Lunatic asylums in Bengal annual reports 1888-1898 - 1888-1898
Year: 1888
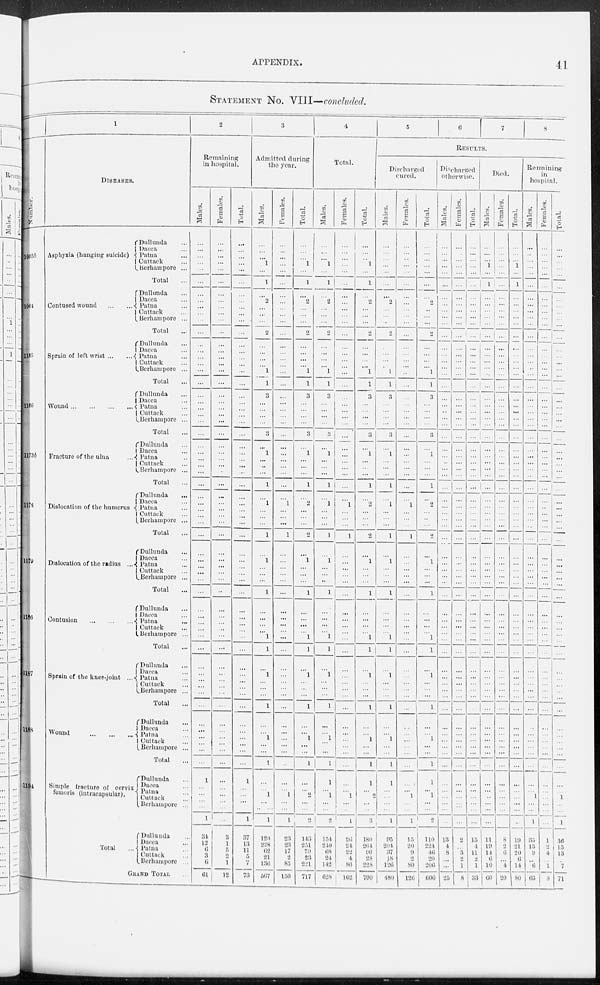
APPENDIX.
41
STATEMENT No. VIII—concluded.
1
Number.
1005b
1064
1165
1166
1173b
1178
1179
1186
1187
1188
1194
DISEASES.
Asphyxia (hanging suicide)
Dullunda...
Dacca ...
Patna
Cuttack
Berhampore ...
Total
Contused wound ...
...
Dullunda ...
Dacca...
Patna...
Cuttack
Berhampore ...
Total ...
Sprain of left wrist
... ...
Dullunda ...
Dacca ...
Patna ...
Cuttack
Berhampore ...
Total ...
Wound
...
...
...
...
Dullunda ...
Dacca ...
Patna ...
Cuttack ...
Berhampore ...
Total ...
Fracture of the ulna
Dullunda ...
Dacca ...
Patna ...
Cuttack ...
Berhampore ...
Total ...
Dislocation of the humerus
Dislocation of the radius ...
Dullunda ...
Dacca ...
Patna ...
Cuttack ...
Berhampore ...
Total
Dullunda ...
Dacca ...
Patna ...
Cuttack
Berhampore ...
Total ...
Contusion
...
...
Dullunda ...
Dacca ...
Patna ...
Cuttack
Berhampore ...
Total ...
Sprain of the knee-joint ...
Dullunda ...
Dacca ...
Patna ...
Cuttack
Berhampore ...
Total ...
Wound
...
...
...
Dullunda...
Dacca ...
Patna ...
Cuttack ...
Berhampore ...
Total ...
Simple fracture of cervix
femoris (intracapsular).
Dullunda
Dacca ...
Patna ...
Cuttack ...
Berhampore ...
Total ...
Dullunda ...
Dacca ...
Patna ...
Cuttack ...
Berhampore ...
GRAND TOTAL ...
2
Remaining
in hospital.
Males.
...
...
...
...
...
...
...
...
...
...
...
...
...
...
...
...
...
...
...
...
...
...
...
...
...
...
...
...
...
...
...
...
...
...
...
...
...
...
...
...
...
...
...
...
...
...
...
...
...
...
...
...
...
...
...
...
...
...
...
...
1
...
...
...
...
1
34
12 6
3
6
61
Females.
...
...
...
...
...
...
...
...
...
...
...
...
...
...
...
...
...
...
...
...
...
...
...
...
...
...
...
...
...
...
...
...
...
...
...
...
...
...
...
...
...
...
...
...
...
...
...
...
...
...
...
...
...
...
...
...
...
...
...
...
...
...
...
...
...
...
3
1
5
2
1
12
Total.
...
...
...
...
...
...
...
...
...
...
...
...
...
...
...
...
...
...
...
...
...
...
...
...
...
...
...
...
...
...
...
...
...
...
...
...
...
...
...
...
...
...
...
...
...
...
..
...
...
...
...
...
...
...
...
...
...
...
...
...
1
...
...
...
...
1
37
13
11
5
7
73
3
Admitted during
the year.
Males.
...
...
...
1
...
1
...
2
...
...
...
2
...
...
...
...
1
1
3
...
...
...
...
3
...
1
...
...
...
1
...
1
...
...
...
1
...
1
...
...
...
1
...
...
...
...
1
1
...
1
...
...
...
1
...
...
1
...
...
1
...
...
1
...
...
1
120
228
62
21
136
567
Females.
...
...
...
...
...
...
...
...
...
...
...
...
...
...
...
...
...
...
...
...
...
...
...
...
...
...
...
...
...
...
1
...
...
...
1
...
...
...
...
...
...
...
...
...
...
...
...
...
...
...
...
...
...
...
...
...
...
...
...
...
...
1
...
...
1
23
23
17
2
83
150
Total.
...
...
...
1
...
1
...
2
...
...
...
2
...
...
...
...
1
1
3
...
...
...
...
3
...
1
...
...
...
1
...
2
...
...
...
2
...
1
...
...
...
1
...
...
...
...
1
1
...
1
...
...
...
1
...
...
1
...
...
1
...
...
...
...
...
1
143
251
79
23
221
717
4
Total.
Males.
...
...
...
1
...
1
...
2
...
...
...
2
...
...
...
...
1
1
3
...
...
...
...
3
...
1
...
...
...
1
...
1
...
...
...
1
...
1
...
...
...
1
...
...
...
...
1
1
...
1
...
...
...
1
...
...
1
...
...
1
1
...
1
...
...
2
154
240
68
24
142
628
Females.
...
...
...
...
...
...
...
...
...
...
...
...
...
...
...
...
...
...
...
...
...
...
...
...
...
...
...
...
...
...
...
1
...
...
...
1
...
...
...
...
...
...
...
...
...
...
...
1
...
...
...
...
...
...
...
...
...
...
...
...
...
...
1
...
...
2
26
24
22
4
86
162
Total.
...
...
...
1
...
1
...
2
...
...
...
2
...
...
...
...
1
1
3
...
...
...
...
3
...
1
...
...
...
1
...
2
...
...
...
2
...
1
...
...
...
1
...
...
...
...
1
1
...
1
...
...
...
1
...
...
1
...
...
1
1
...
1
...
...
1
180
264
90
28
228
790
5
6
7
8
RESULTS.
Discharged
cured.
Males.
...
...
...
...
...
...
...
2
...
...
...
2
...
...
...
...
1
1
3
...
...
...
...
3
...
1
...
...
...
1
...
1
...
... ...
1
...
1
...
...
...
1
...
...
...
...
1
1
...
1
...
...
...
1
...
...
1
...
...
1
1
...
2
...
...
3
95
204
37
18
126
480
Females.
...
...
...
...
...
...
...
...
...
...
...
...
...
...
...
...
...
...
...
...
...
...
...
...
...
...
...
...
...
...
...
1
...
...
...
1
...
...
...
...
...
...
...
...
...
...
...
...
...
...
...
...
...
...
...
...
...
...
...
...
...
...
1
...
...
1
15
20
9
2
80
126
Total.
...
...
...
...
...
...
...
2
...
...
...
2
...
...
...
...
1
1
3
...
...
...
...
3
...
1
...
...
...
1
...
...
...
...
...
2
...
1
...
...
...
1
...
...
...
...
1
1
...
1
...
...
...
1
...
...
1
...
...
1
1
...
1
...
...
1
110
224
46
20
206
606
Discharged
otherwise.
Males.
...
...
...
...
...
...
...
...
...
...
...
...
...
...
...
...
...
...
...
...
...
...
...
...
...
...
...
...
...
...
...
...
...
...
...
...
...
...
...
...
...
...
...
...
...
...
...
...
...
...
...
...
...
...
...
...
...
...
...
...
...
...
...
...
...
2
13
4
8
...
...
25
Females.
...
...
...
...
...
...
...
...
...
...
...
...
...
...
...
...
...
...
...
...
...
...
...
...
...
...
...
...
...
...
...
...
...
...
...
...
...
...
...
...
...
...
...
...
...
...
...
...
...
...
...
...
...
...
...
...
... ...
...
...
...
...
...
...
...
...
2
...
3
2
1
8
Total.
...
...
...
...
...
...
...
...
...
...
...
...
...
...
...
...
...
...
...
...
...
...
...
...
...
...
...
...
...
...
...
...
...
...
...
...
...
...
...
...
...
...
...
...
...
...
...
...
...
...
...
...
...
...
...
...
...
...
...
...
...
...
...
...
...
...
15
4 11
2
1
33
Died.
Males.
...
...
...
1
...
1
...
...
...
...
...
...
...
...
...
...
...
...
...
...
...
...
...
...
...
...
...
...
...
...
...
...
...
...
...
...
...
...
...
...
...
...
...
...
...
...
...
...
...
...
...
...
...
...
...
...
...
...
...
...
...
...
...
...
...
...
11
19
14
6
10
60
Females.
...
...
...
...
...
...
...
...
...
...
...
...
...
...
...
...
...
...
...
...
...
...
...
...
...
...
...
...
...
...
...
...
...
...
...
...
...
...
...
...
...
...
...
...
...
...
...
...
...
...
...
...
...
...
...
...
...
...
...
...
...
...
...
...
...
...
8
2
6
...
4
20
Total.
...
...
...
1
...
1
...
...
...
...
...
...
...
...
...
...
...
...
...
...
...
...
...
...
...
...
...
...
...
...
...
...
...
...
...
...
...
...
...
...
...
...
...
...
...
...
...
...
...
...
...
...
...
...
...
...
...
...
...
...
...
...
...
...
...
...
19
21 20
6
14
80
Remaining
in
hospital.
Males.
...
...
...
...
...
...
...
...
...
...
...
...
...
...
...
...
...
...
...
...
...
...
...
...
...
...
...
...
...
...
...
...
...
...
...
...
...
...
...
...
...
...
...
...
...
...
...
...
...
...
...
...
...
...
...
...
...
...
...
...
...
...
...
...
...
...
35
13
9
...
6
63
Females.
...
...
...
...
...
...
...
...
...
...
...
...
...
...
...
...
...
...
...
...
...
...
...
...
...
...
...
...
...
...
...
...
...
...
...
...
...
...
...
...
...
...
...
...
...
...
...
...
...
...
...
...
...
...
...
...
...
...
...
...
...
...
1
...
...
1
1
2
4
...
1
8
Total.
...
...
...
...
...
...
...
...
...
...
...
...
...
...
...
...
...
...
...
...
...
...
...
...
...
...
...
...
...
.
..
...
...
...
...
...
..
.
...
...
...
...
...
...
...
...
...
...
...
...
...
...
...
...
...
.
..
...
...
..
.
..
.
..
.
...
...
...
...
1
...
...
...
...
...
1
36
15
13
...
7
71